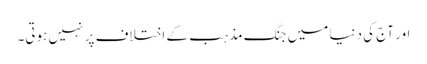
اور آج کی دنیا میں جنگ مذہب کے اختلاف پر نہیں ہوتی۔